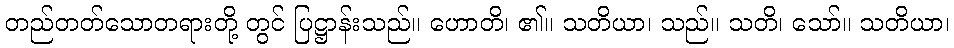
တည်တတ်သောတရားတို့ တွင် ပြဋ္ဌာန်းသည်။ ဟောတိ၊ ၏။ သတိယာ၊ သည်။ သတိ၊ သော်။ သတိယာ၊